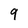
Character: 9